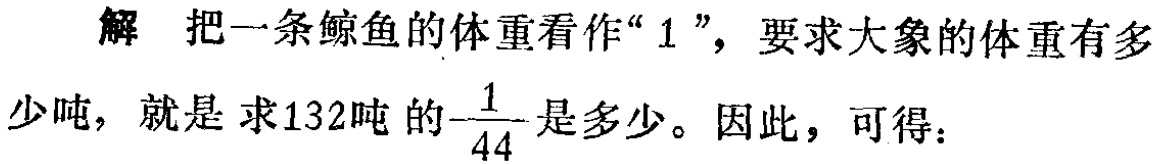
解 把一条鲸鱼的体重看作“$1$”，要求大象的体重有多少吨，就是 求132吨 的$\frac{1}{44}$是多少。因此，可得：